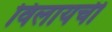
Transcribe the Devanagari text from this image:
विलायची